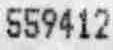
559412